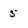
Character: 5